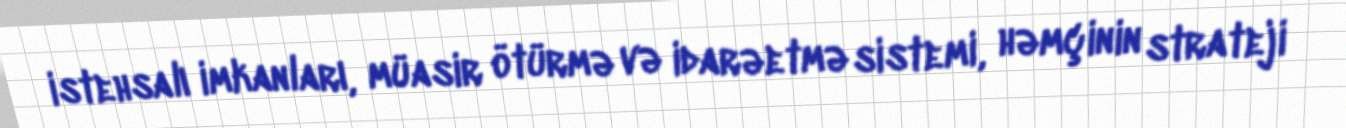
istehsalı imkanları, müasir ötürmə və idarəetmə sistemi, həmçinin strateji